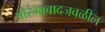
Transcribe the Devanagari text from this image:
औरंगाबादजवळील